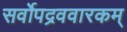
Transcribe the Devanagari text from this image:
सर्वोपद्रववारकम्